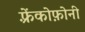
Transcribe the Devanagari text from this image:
फ़्रेंकोफ़ोनी